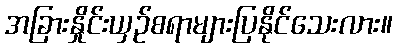
အခြားနှိုင်းယှဉ်စရာများပြနိုင်သေးလား။